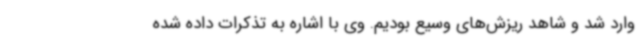
وارد شد و شاهد ریزش‌های وسیع بودیم. وی با اشاره به تذکرات داده شده